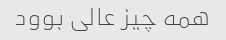
همه چیز عالی بوود